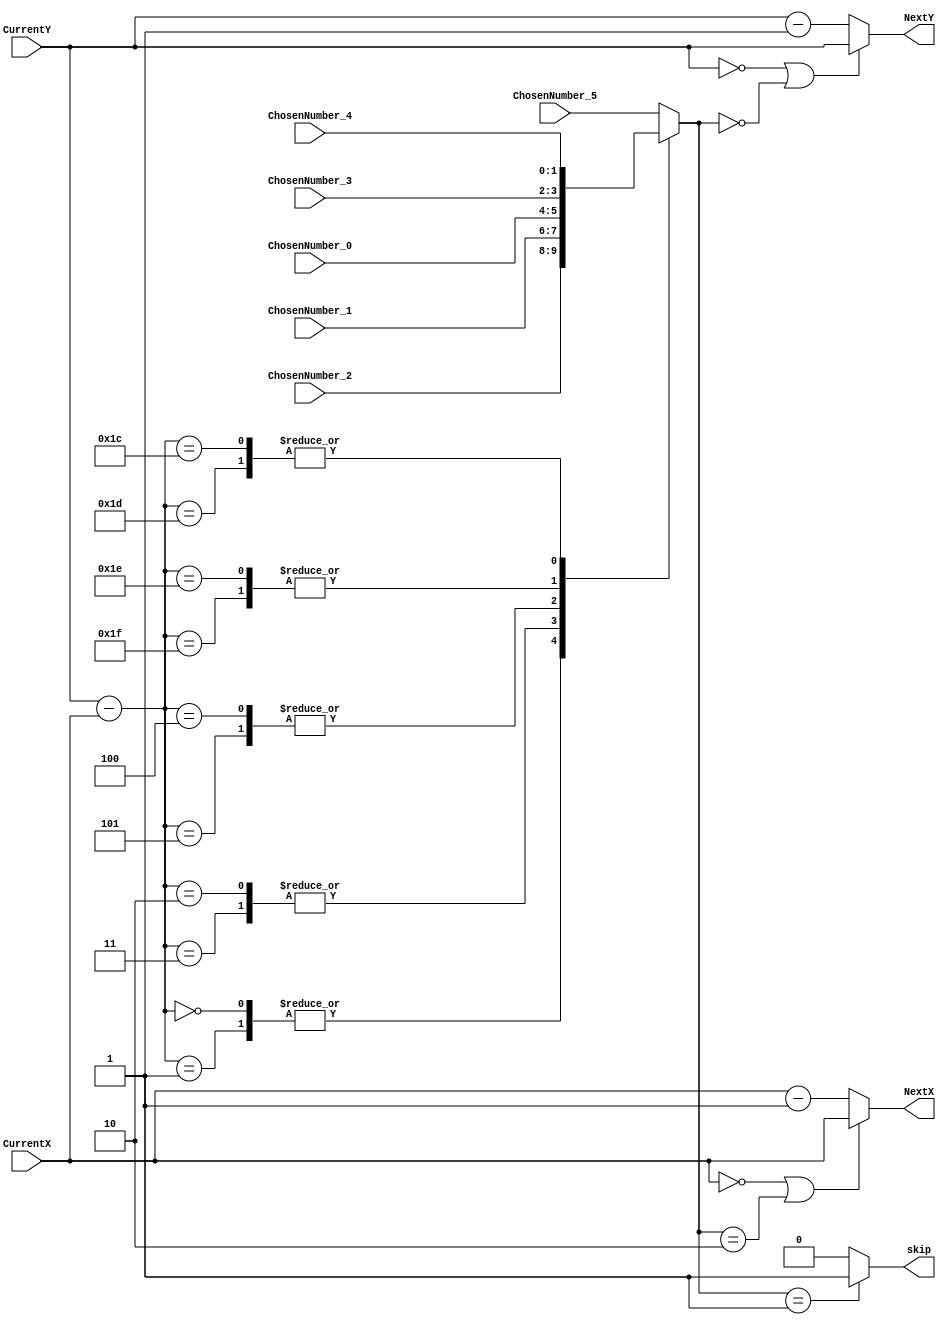
module PathCalculator (
    input [4:0] CurrentX,
    input [4:0] CurrentY,
    input [1:0] ChosenNumber_0,
    input [1:0] ChosenNumber_1,
    input [1:0] ChosenNumber_2,
    input [1:0] ChosenNumber_3,
    input [1:0] ChosenNumber_4,
    input [1:0] ChosenNumber_5,
    output skip, //statusnumber+=2, else +=1
    output [4:0] NextX,
    output [4:0] NextY
);
    reg [1:0] ChosenNumber;
    always @(*) begin
        case (CurrentY - CurrentX)
            5'd1: ChosenNumber <= ChosenNumber_2;
            5'd3: ChosenNumber <= ChosenNumber_1;
            5'd5: ChosenNumber <= ChosenNumber_0;
            -5'd1: ChosenNumber <= ChosenNumber_3;
            -5'd3: ChosenNumber <= ChosenNumber_4;
            -5'd5: ChosenNumber <= ChosenNumber_5; 
            5'd0: ChosenNumber <= ChosenNumber_2;
            5'd2: ChosenNumber <= ChosenNumber_1;
            5'd4: ChosenNumber <= ChosenNumber_0;
            -5'd2: ChosenNumber <= ChosenNumber_3;
            -5'd4: ChosenNumber <= ChosenNumber_4;
            default: ChosenNumber <= ChosenNumber_5; 
        endcase
    end
    assign NextX = (CurrentX == 5'd0 | ChosenNumber == 2'd2) ? CurrentX : CurrentX - 1'b1 ;
    assign NextY = (CurrentY == 5'd0 | ChosenNumber == 2'd0) ? CurrentY : CurrentY - 1'b1 ;
    assign skip = (ChosenNumber == 2'd1) ? 1'b1:1'b0;
endmodule